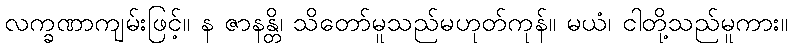
လက္ခဏာကျမ်းဖြင့်။ န ဇာနန္တိ၊ သိတော်မူသည်မဟုတ်ကုန်။ မယံ၊ ငါတို့သည်မူကား။